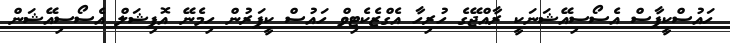
ހައުސްކީޕާސް އެސޯސިއޭޝަނަކީ ރާއްޖޭގެ ހުރިހާ އެގްޒެކެޓިވް ހައުސް ކީޕަރުން ހިމެނޭ އޮފިޝަލް އެސޯސިއޭޝަން